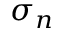
\sigma _ { n }